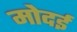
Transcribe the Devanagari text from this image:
मोदई